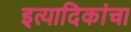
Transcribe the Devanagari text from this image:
इत्यादिकांचा